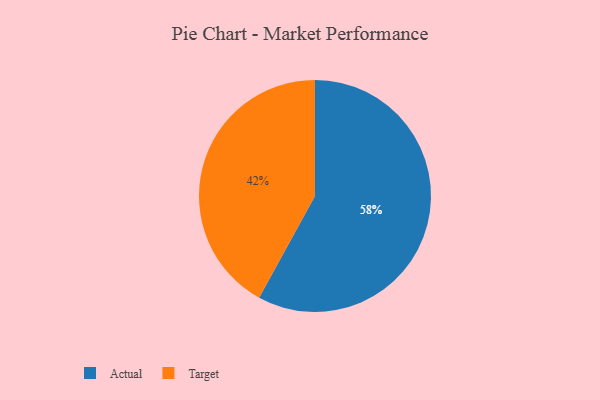
{"axis": {"x": "Category", "y": "Percentage"}, "legend": ["Actual", "Target"], "data": [{"x": "Target", "y": 42, "type": "Target"}, {"x": "Actual", "y": 58, "type": "Actual"}]}